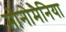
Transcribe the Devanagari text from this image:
मोनोमैनिया